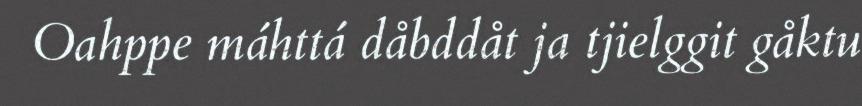
Oahppe máhttá dåbddåt ja tjielggit gåktu